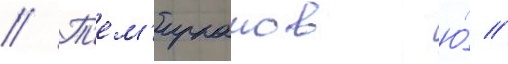
// Т'ем'ирканов ю́ //